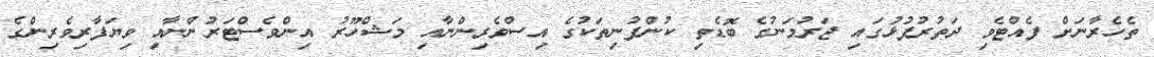
ތެހެރާނަށް ފެއްޓެވި ދަތުރުފުޅުގައި ޖަރުމަނުގެ ބޮޑެތި ކުންފުނިތަކުގެ އިސްވެރިންނާއި މަޝްހޫރު އިންވެސްޓަރުންނާއި ވިޔަފާރިވެރިންގެ